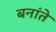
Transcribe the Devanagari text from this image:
बनांते